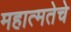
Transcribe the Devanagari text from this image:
महात्मतेचे